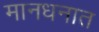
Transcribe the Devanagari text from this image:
मानधनात